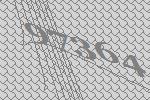
97364